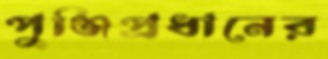
পুঞ্জিপ্রধানের